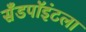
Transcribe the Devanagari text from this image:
सँडपॉइंटला